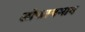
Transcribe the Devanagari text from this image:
लोकस्वभाव